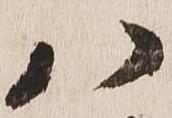
八